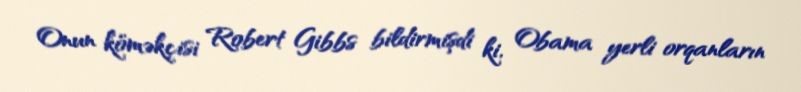
Onun köməkçisi Robert Gibbs bildirmişdi ki, Obama yerli orqanların